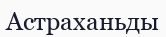
Астраханьды